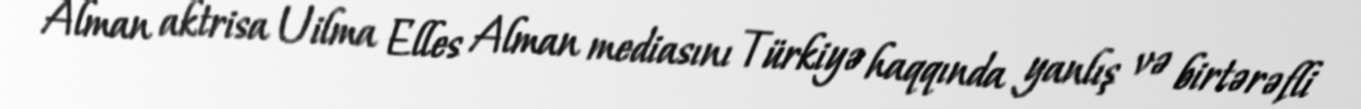
Alman aktrisa Uilma Elles Alman mediasını Türkiyə haqqında yanlış və birtərəfli